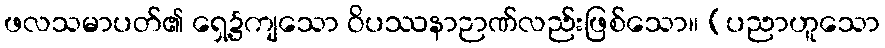
ဖလသမာပတ်၏ ရှေ့၌ကျသော ဝိပဿနာဉာဏ်လည်းဖြစ်သော။ (ပညာဟူသော